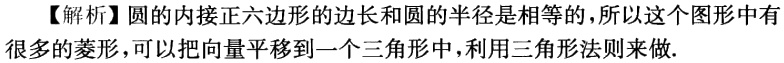
【解析】圆的内接正六边形的边长和圆的半径是相等的，所以这个图形中有很多的菱形，可以把向量平移到一个三角形中，利用三角形法则来做.